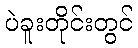
ပဲခူးတိုင်းတွင်